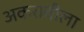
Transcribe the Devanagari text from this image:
अकरावीला